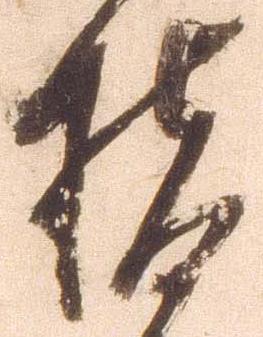
指